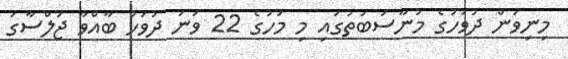
މިނިވަން ދުވަހުގެ މުނާސަބަތުގައި މި މަހުގެ 22 ވަނަ ދުވަހު ބާއްވާ ޖަލްސާގަ